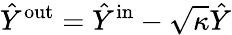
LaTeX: \hat{Y}^{\mathrm{out}}=\hat{Y}^{\mathrm{in}}-\sqrt{\kappa}\hat{Y}